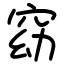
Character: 窈